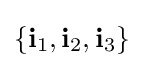
\{\mathbf {i} _{1},\mathbf {i} _{2},\mathbf {i} _{3}\}